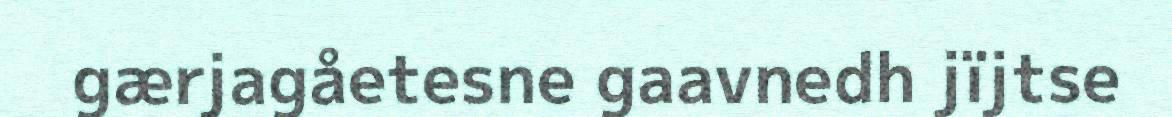
gærjagåetesne gaavnedh jïjtse